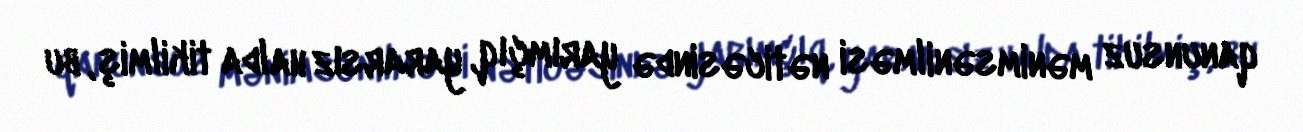
qanunsuz mənimsənilməsi nəticəsində yarımçıq, yararsız halda tikilmiş, bu